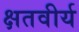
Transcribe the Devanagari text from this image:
क्षतवीर्य